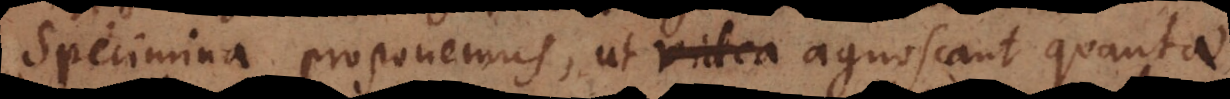
specimina proponemus, ut agnoscant quantae